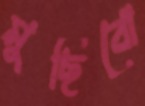
মুছিবো